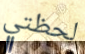
لحظتي